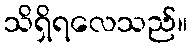
သိရှိရလေသည်။